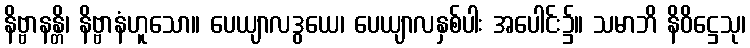
နိဗ္ဗာနန္တိ၊ နိဗ္ဗာနံဟူသော။ ပေယျာလဒွယေ၊ ပေယျာလနှစ်ပါး အပေါင်း၌။ သမာဘိ နိဝိဋ္ဌေသု၊